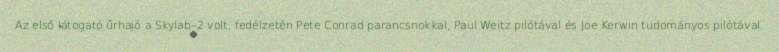
Az első látogató űrhajó a Skylab–2 volt, fedélzetén Pete Conrad parancsnokkal, Paul Weitz pilótával és Joe Kerwin tudományos pilótával.